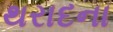
થરાદના